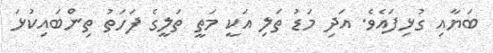
ބަޔާއި ގުޅިފައެވެ. އަދި މަޑު ތަލި އަކީ މަތީ ތަލީގެ ފަހަތު ތިންބައިކުޅަ